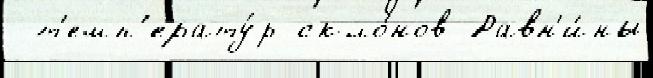
 т'емп'ерату́р скло́нов Равн'и́ны